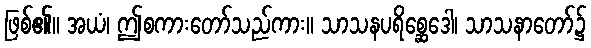
ဖြစ်၏။ အယံ၊ ဤစကားတော်သည်ကား။ သာသနပရိစ္ဆေဒေါ၊ သာသနာတော်၌